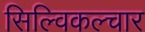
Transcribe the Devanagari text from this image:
सिल्विकल्चार